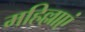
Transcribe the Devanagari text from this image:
महिल्लाएं